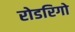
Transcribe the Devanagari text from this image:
रोडरिगो